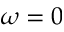
\omega = 0